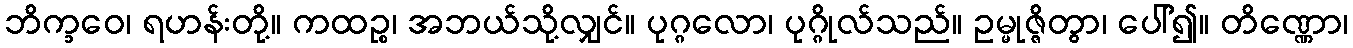
ဘိက္ခဝေ၊ ရဟန်းတို့။ ကထဉ္စ၊ အဘယ်သို့လျှင်။ ပုဂ္ဂလော၊ ပုဂ္ဂိုလ်သည်။ ဥမ္မုဇ္ဇိတွာ၊ ပေါ်၍။ တိဏ္ဏော၊